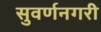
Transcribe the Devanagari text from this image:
सुवर्णनगरी